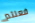
فعلتم